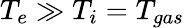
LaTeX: T_{e}\gg T_{i}=T_{gas}